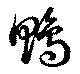
鴨